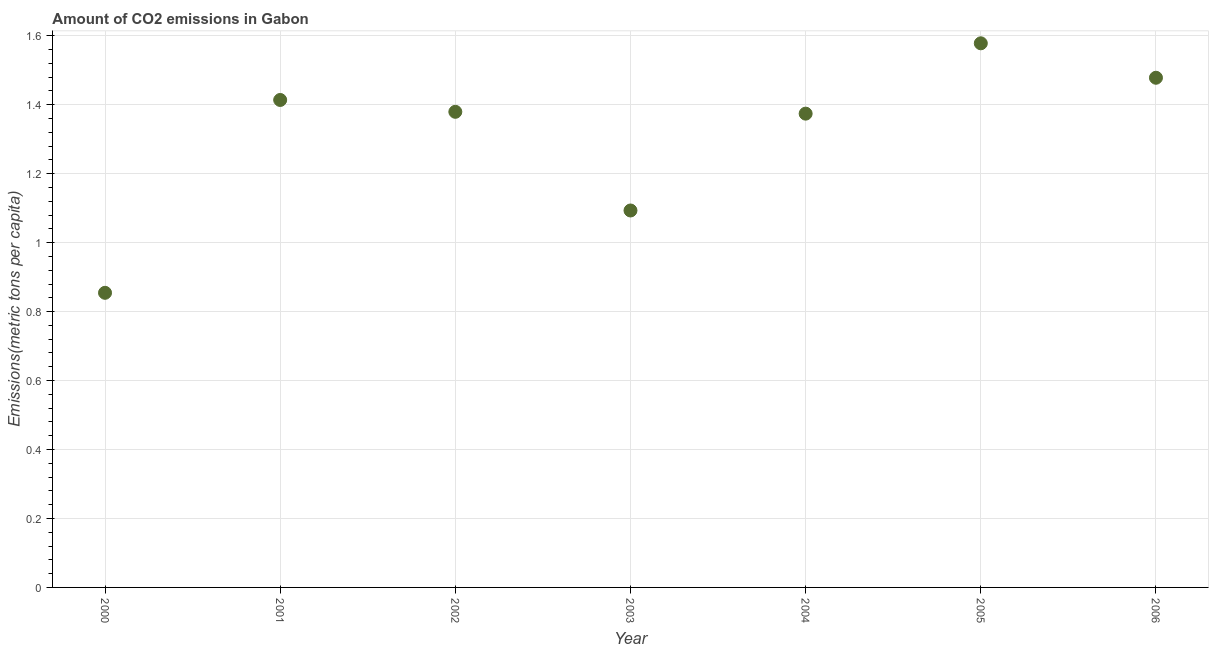
| Year | CO2 emissions |
 | --- | --- |
 | 2000 | 0.855 |
 | 2001 | 1.41 |
 | 2002 | 1.38 |
 | 2003 | 1.09 |
 | 2004 | 1.37 |
 | 2005 | 1.58 |
 | 2006 | 1.48 |